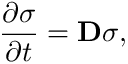
\frac { \partial \boldsymbol { \sigma } } { \partial t } = \bf { D } \boldsymbol { \sigma } ,